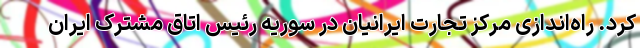
کرد. راه‌اندازی مرکز تجارت ایرانیان در سوریه رئیس اتاق مشترک ایران